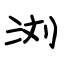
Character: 浏